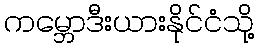
ကမ္ဘောဒီးယားနိုင်ငံသို့